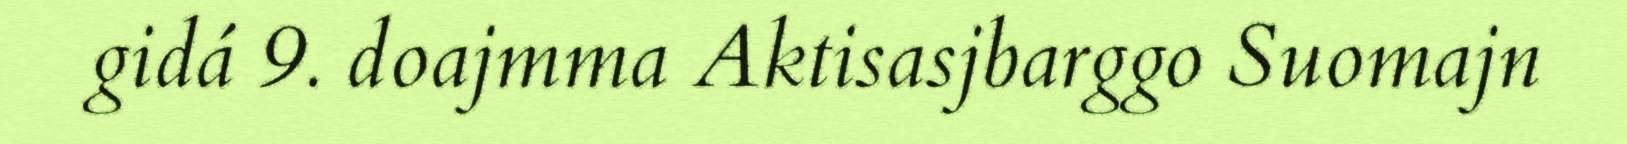
gidá 9. doajmma Aktisasjbarggo Suomajn